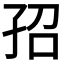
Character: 𡥙